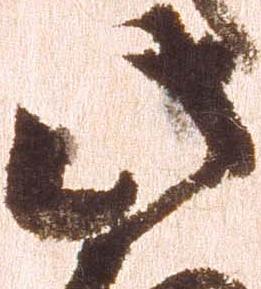
此